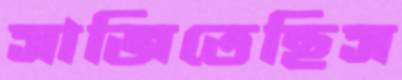
সাজিতেছিস